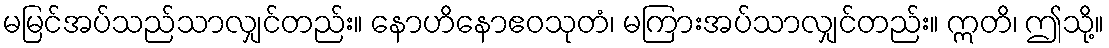
မမြင်အပ်သည်သာလျှင်တည်း။ နောဟိနောဧဝသုတံ၊ မကြားအပ်သာလျှင်တည်း။ ဣတိ၊ ဤသို့။